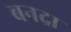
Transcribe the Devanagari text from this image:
बनद्रा